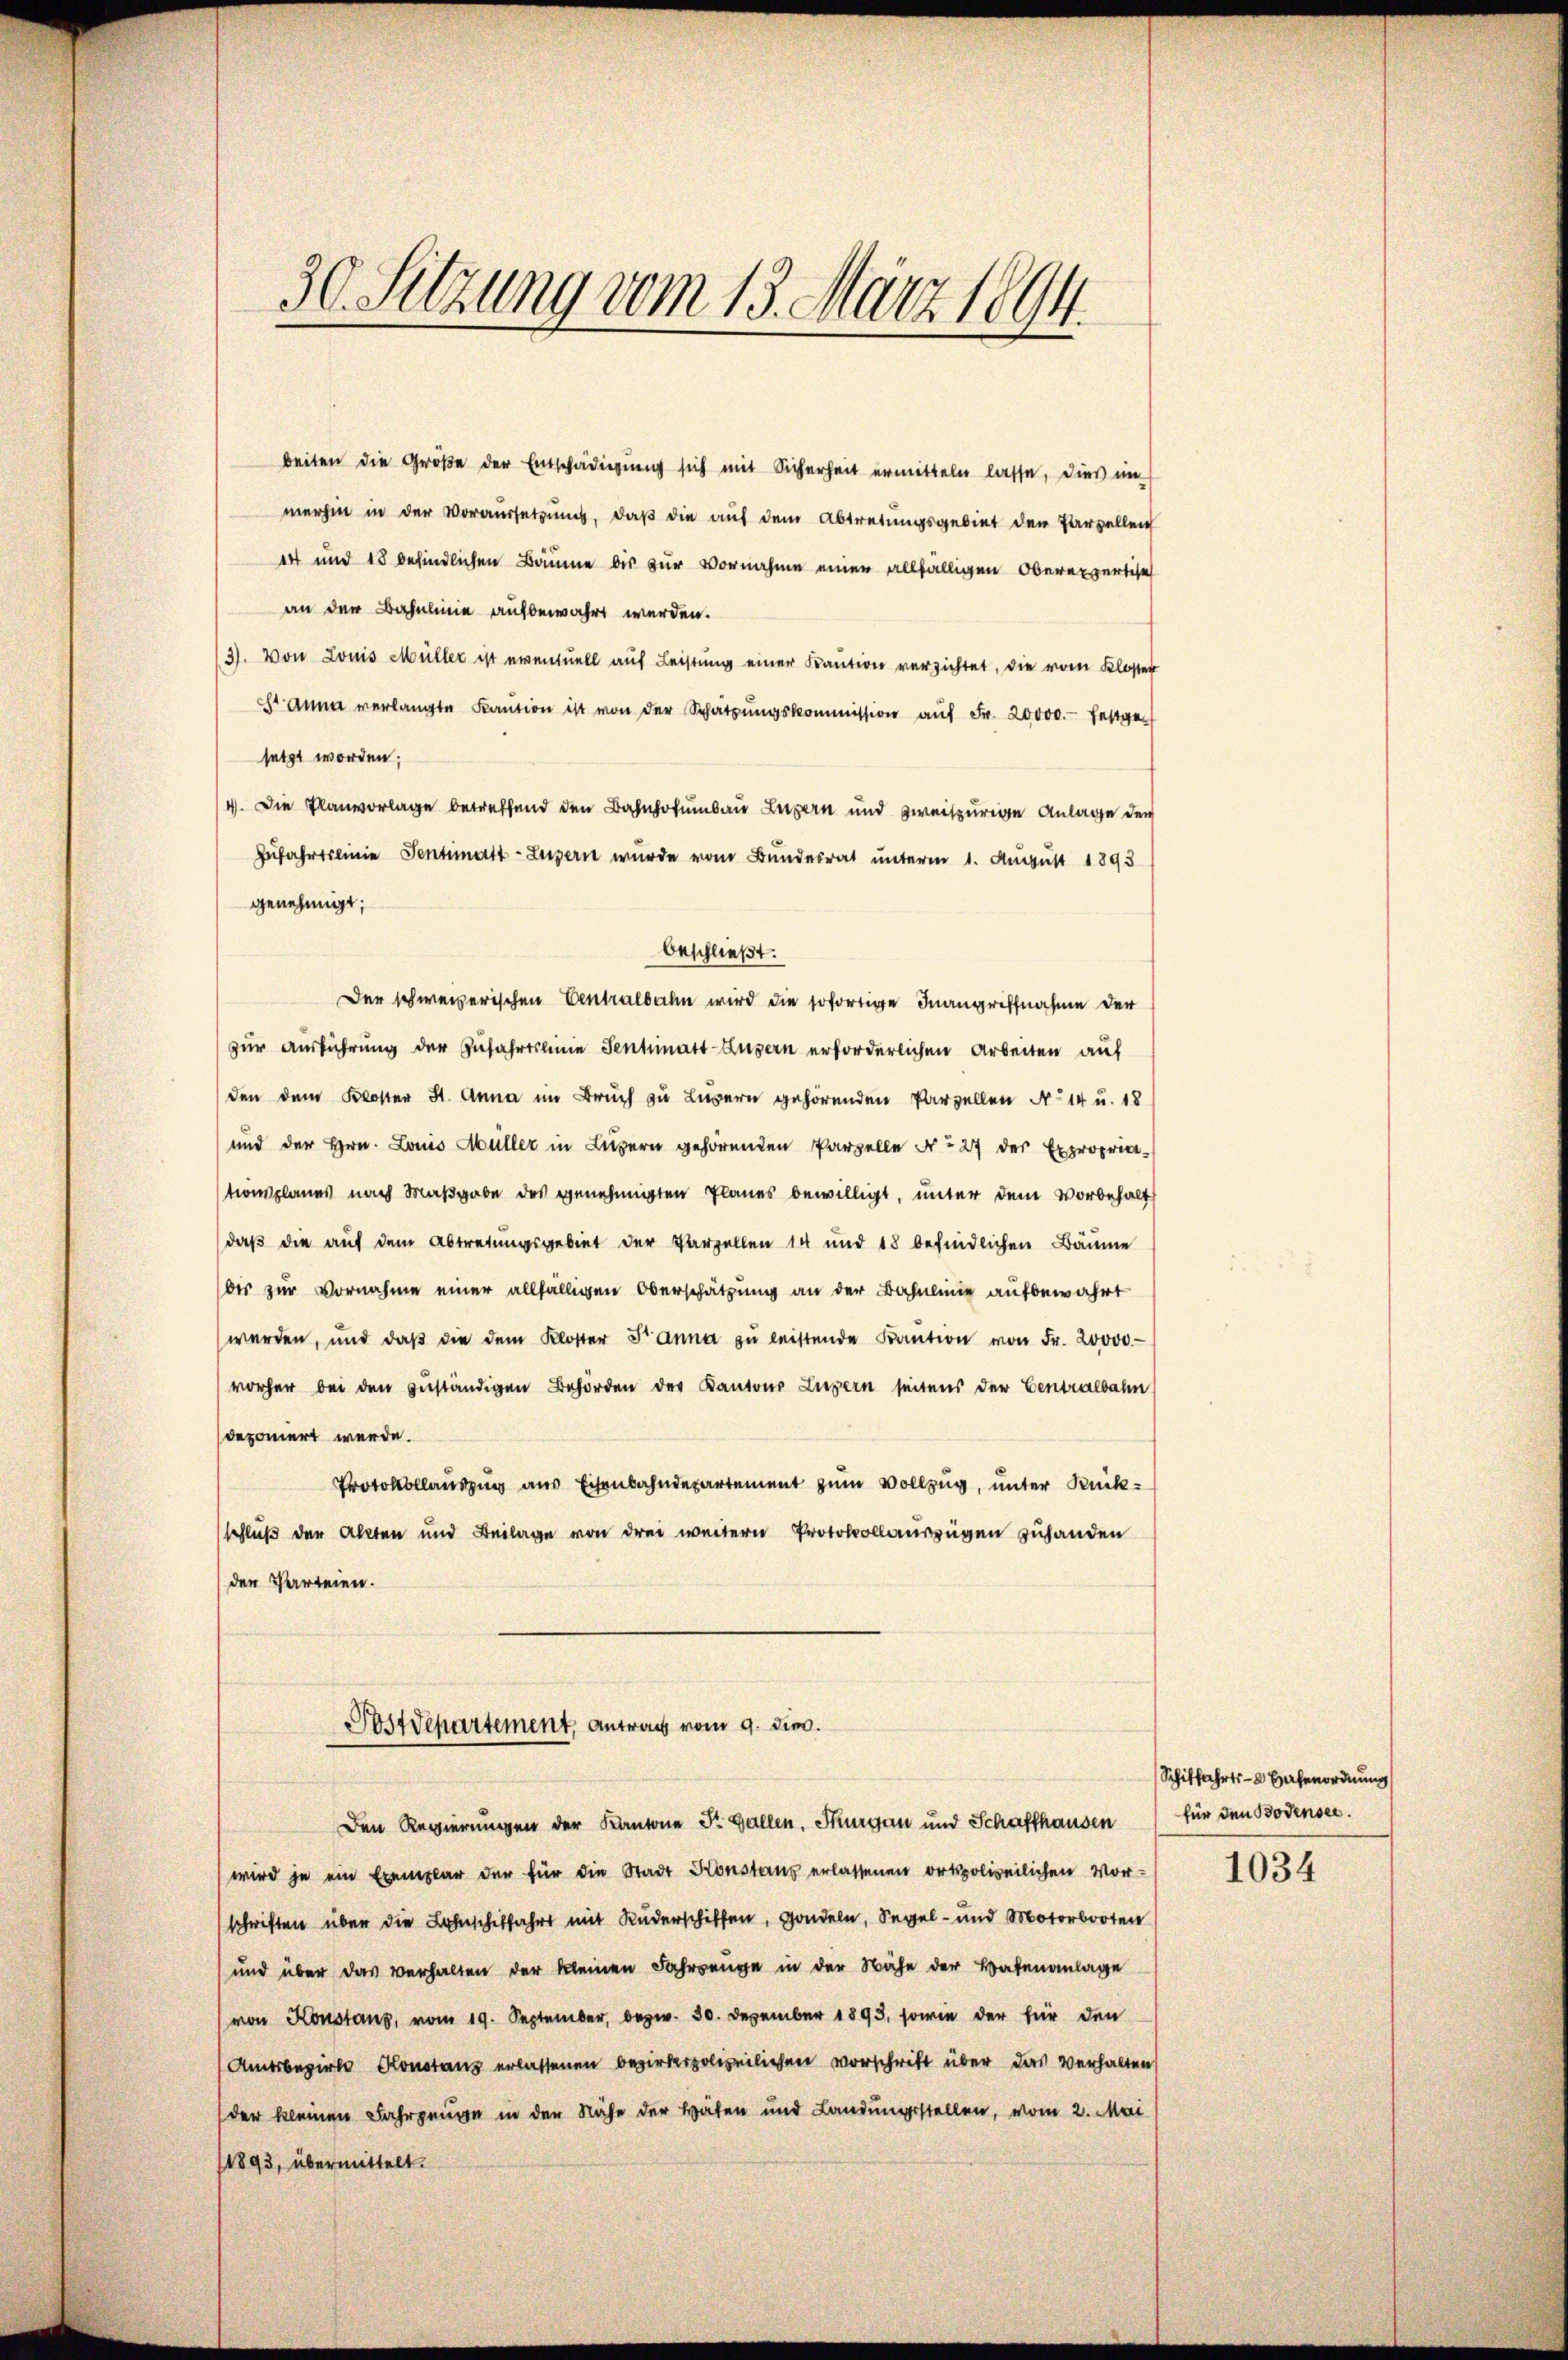
beiten die Größe der Entschädigung sich mit Sicherheit ermitteln lasse, dies im
merhin in der Voraussetzung, daß die auf dem Abtretungsgebiet den Parzellen
14 und 18 befindlichen Bäume bis zur Vornahme einen allfälligen Oberexpertisch
an der Bahnlinie aufbewahrt werden.
(3). Von Louis Müller ist eventuell auf Leistung einer Kaution verzichtet, die vom Kloster
 Anna verlangte Kaŭtion ist von der Schatzŭngskommission aŭf Fr. 20000.- festgen
setzt worden;
/4. Die Planvorlage betreffend den Bahnhofumbau Luzern und zweiszurige Anlage der
Zŭfahrtslinie Sentimatt-Luzern wurde vom Bundesrat unterm 1. August 1893
genehmigt;
Der schweizerischen Centralbahn wird die sofortige Inangriffnahme der
zur Ausführung der Zufahrtslinie Sentimatt Luzern erforderlichen Arbeiten auf
den dem Kloster St. Anna im Bruch zu Luzern gehörenden Parzellen No 14 u. 18
und der Hrn. Louis Müller in Luzern gehörenden Parzelle No 27 der Exproprie-
tionsplanes nach Maßgabe des genehmigten Planes bewilligt, unter dem Vorbehalt
daß die auf dem Abtretungsgebiet der Parzellen 14 und 18 befindlichen Bäume
bis zur Vornahme einer allfälligen Oberschätzung an der Bahnlinie aufbewahrt
werden, und daβ die dem Kloster Fanna zŭ leistende Kaŭtion von Fr. 20000
vorher bei den zuständigen Behörden der Kantons Luzern seitens der Centralbahn
deponiert werde.
Protokollauszug aus Eisenbahndepartement zum Vollzug, unter Rückschluß der Akten und Beilage von drei weitern Protokollauszügen zuhanden
der Parteien.
Postdepartement, Antrag vom 9. die.
Den Regierungen der Kantone St. Gallen, Thurgau und Schaffhausen für den Bodensee.
wird je ein Exemplar der für die Stadt Konstans erlassenen ortspolizeilichen Vor-
schriften über die Lohnschiffahrt mit Ruderschiffen, sondeln, Segel- und Motorbooten
und über das verhalten der kleinen Jahrenge in der Nähe der Haftenanlage
von Konstanz, vom 19. September, bezw. 30. Dezember 1893, sowie der für den
(Amtsbezirke Konstanz erlassenen bezirkspolizeilichen vorschrift über das Verhalten
(der kleinen Fahrgenen in der Nähe der Hafen und Landungsstellen, vom 2. Mai
1893, übermittelt.

30. Sitzung vom 13. März 1894.

beschließt:

Schiffahrts- 2 Hafenordnung

1034